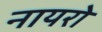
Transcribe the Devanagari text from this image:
नायरो